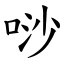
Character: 唦